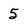
Character: 5